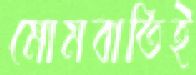
মোমবাতিই